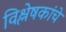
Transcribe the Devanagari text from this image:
विश्लेषकांचे